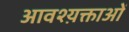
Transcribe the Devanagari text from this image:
आवश्य़क्ताओं